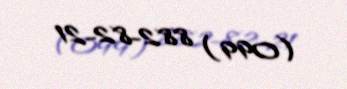
(099) 882-82-21